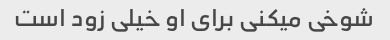
شوخی میکنی برای او خیلی زود است